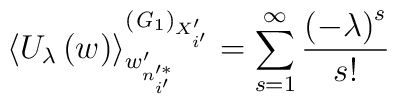
\left\langle U_{\lambda}\left(w\right)\right\rangle^{\left({\it G}_{1}\right)_{X'_{i'}}}_{w'_{n'^{*}_{i'}}}=\sum^{\infty}_{s=1}\frac{\left(-\lambda \right)^s}{s!}